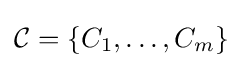
{\mathcal {C}}=\{C_{1},\dots ,C_{m}\}